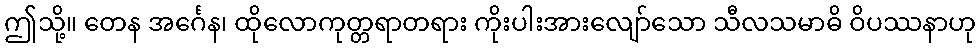
ဤသို့။ တေန အင်္ဂေန၊ ထိုလောကုတ္တရာတရား ကိုးပါးအားလျော်သော သီလသမာဓိ ဝိပဿနာဟု